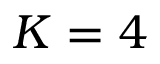
K = 4